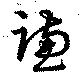
謙